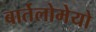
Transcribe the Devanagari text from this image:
बार्तेलोमेयो